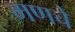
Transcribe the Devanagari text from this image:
मणचे